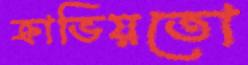
ক্রাভিয়তো